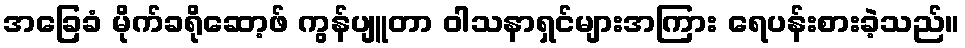
အခြေခံ မိုက်ခရိုဆော့ဖ် ကွန်ပျူတာ ဝါသနာရှင်များအကြား ရေပန်းစားခဲ့သည်။